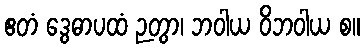
ဧတံ ဒွေဓာပထံ ဉတွာ၊ ဘဝါယ ဝိဘဝါယ စ။